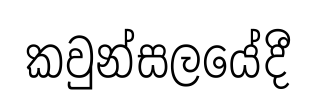
කවුන්සලයේදී